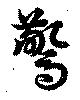
驚